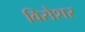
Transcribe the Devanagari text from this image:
विसेशर